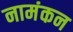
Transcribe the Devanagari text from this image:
नामंकन